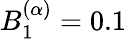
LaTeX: B_{1}^{(\alpha)}=0.1